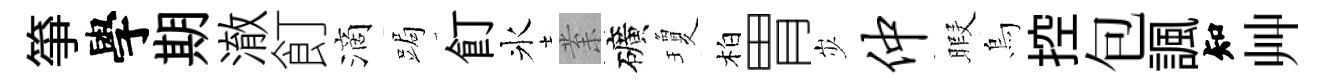
箏學期澈飣滴跼飣氷𭪙礦瓊柏胃𡵯仲暇烏控包諷知艸